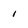
Character: 1